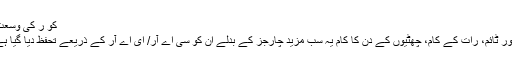
کو ر کی وسعت:
اوور ٹائم، رات کے کام، چھٹیوں کے دن کا کام یہ سب مزید چارجز کے بدلے ان کو سی اے آر/ ای اے آر کے ذریعے تحفظ دیا گیا ہے۔